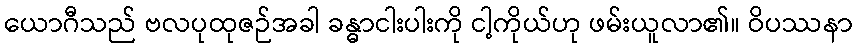
ယောဂီသည် ဗလပုထုဇဉ်အခါ ခန္ဓာငါးပါးကို ငါ့ကိုယ်ဟု ဖမ်းယူလာ၏။ ဝိပဿနာ